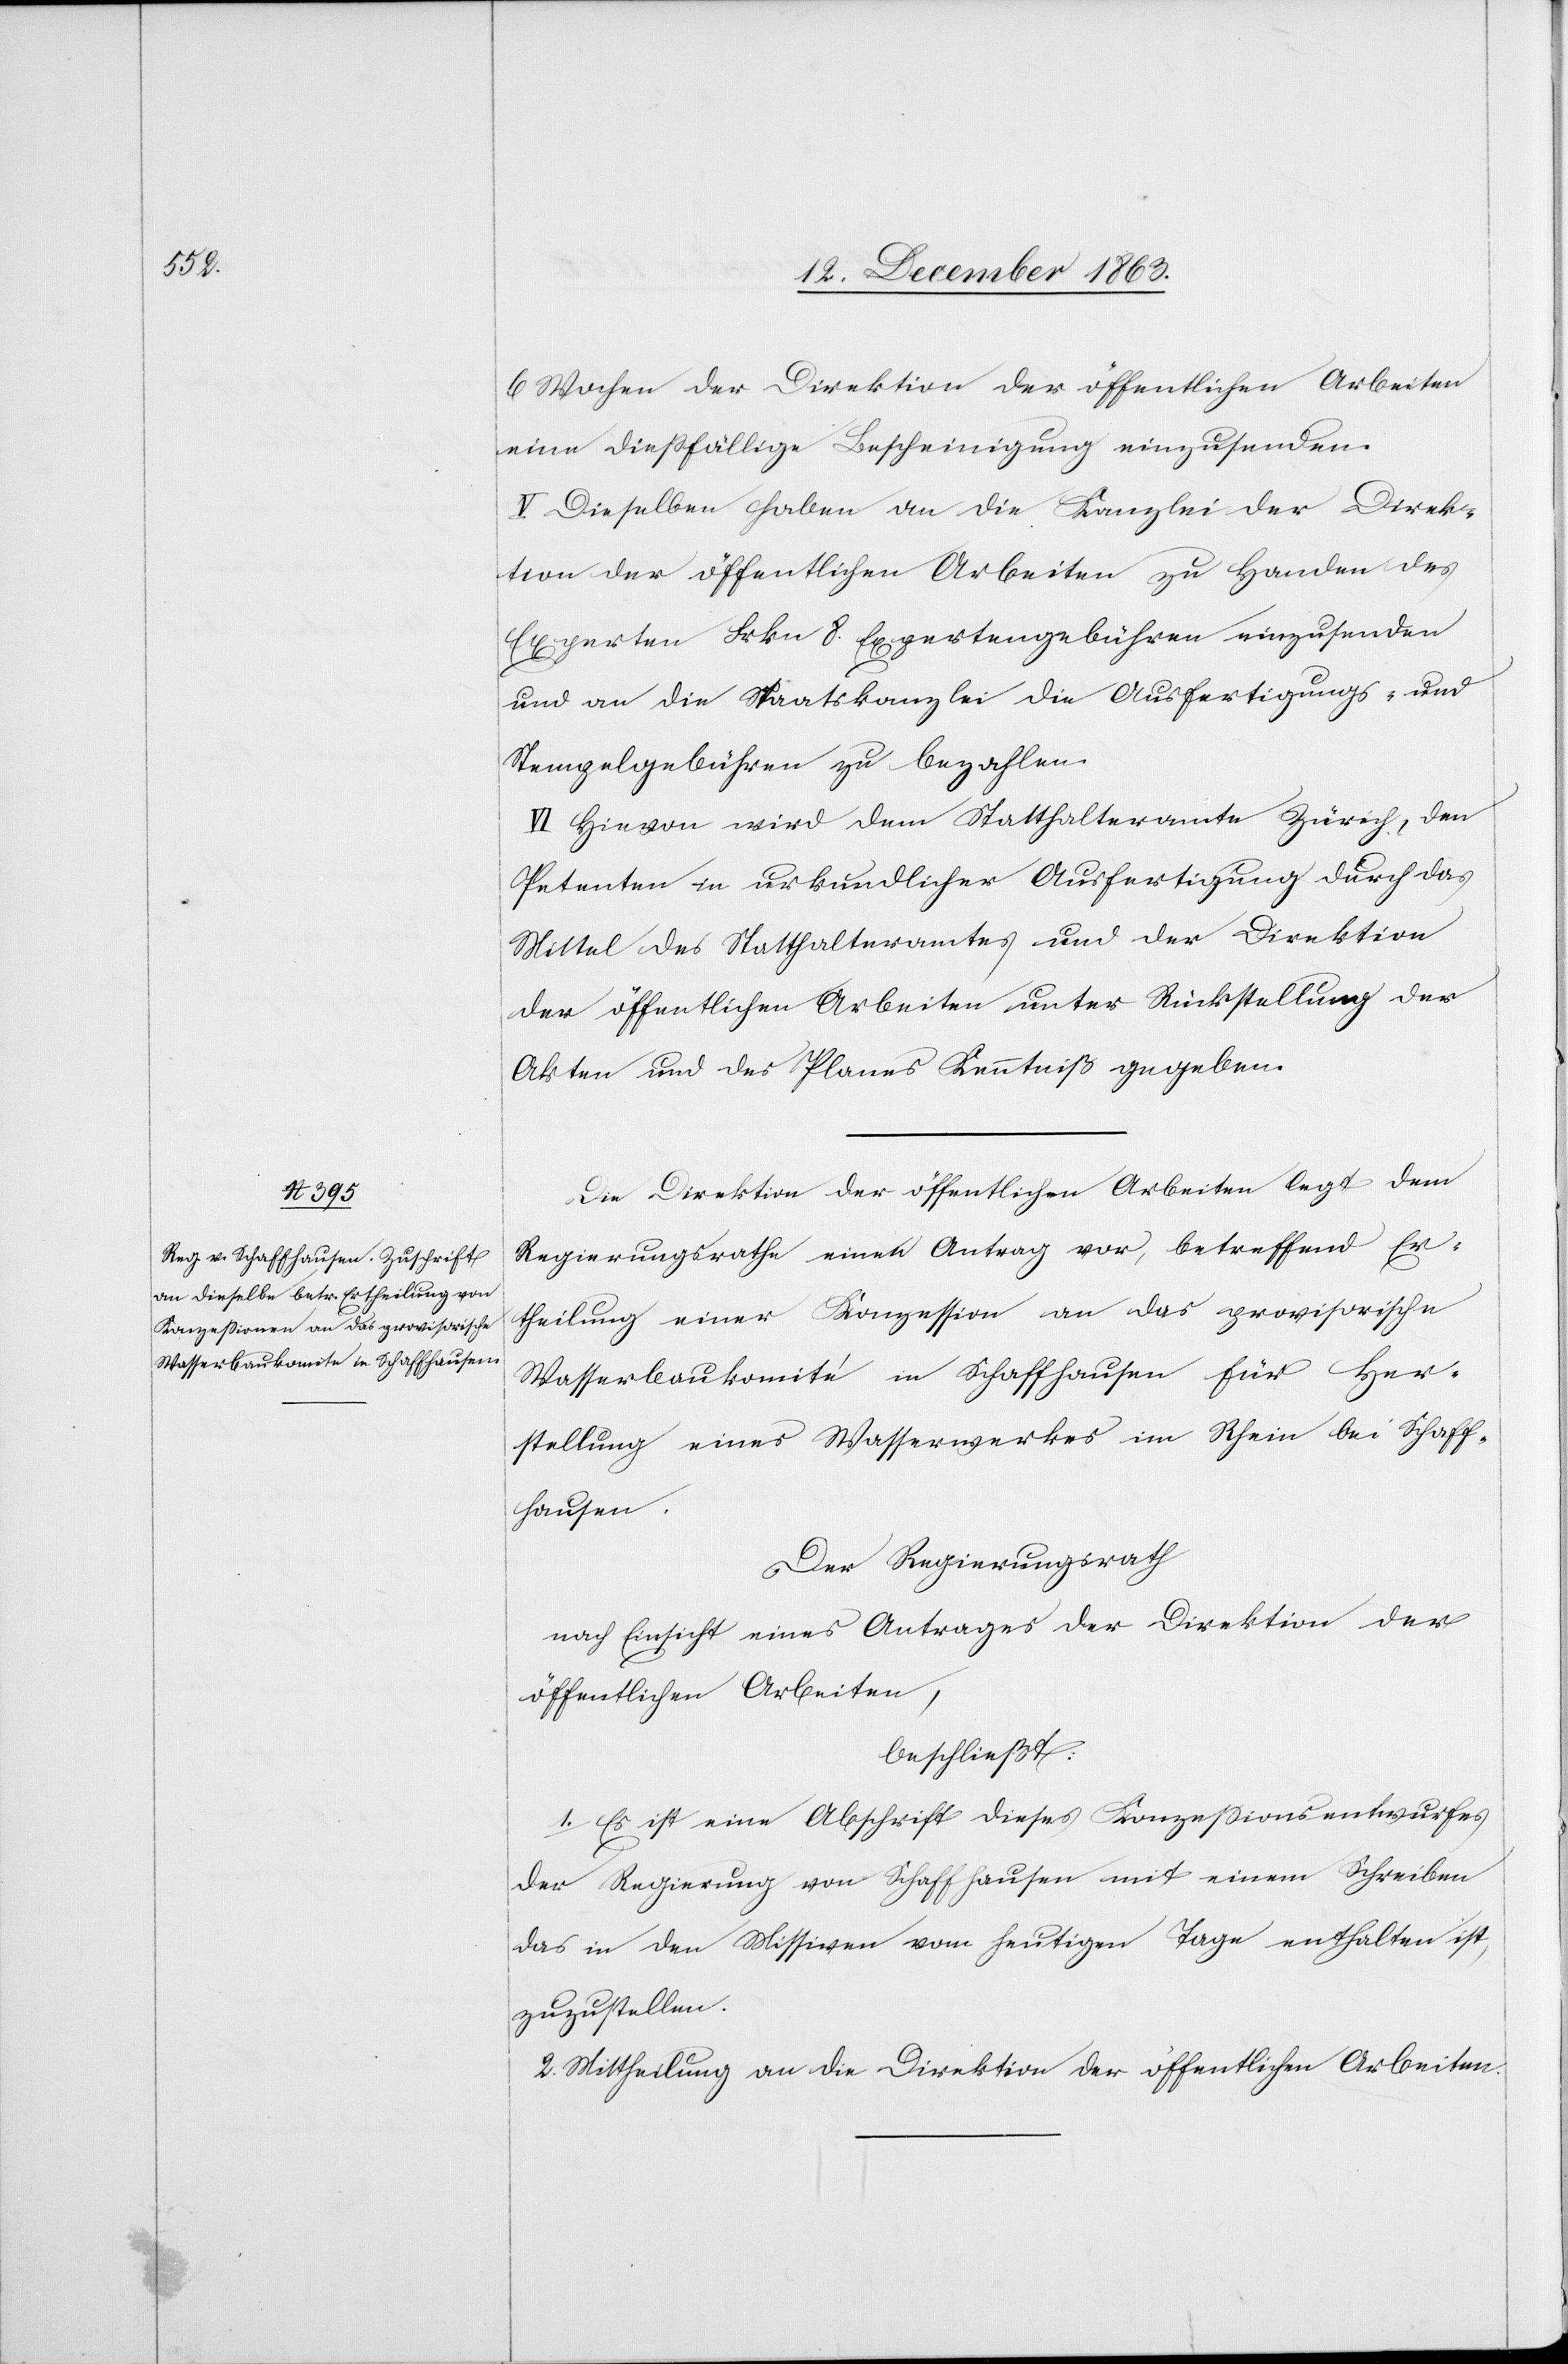
6 Wochen der Direktion der öffentlichen Arbeiten
eine diessfällige Bescheinigung einzusenden.
V. Dieselben haben an die Kanzlei der Direk¬
tion der öffentlichen Arbeiten zu Handen des
Experten Frkn 8. Expertengebühren einzusenden
und an die Staatskanzlei die Ausfertigungs- und
Stempelgebühren zu bezahlen.
VI. Hievon wird dem Statthalteramte Zürich, den
Petenten in urkundlicher Ausfertigung durch das
Mittel des Statthalteramtes und der Direktion
der öffentlichen Arbeiten unter Rückstellung der
Akten und des Planes Kenntniß gegeben.
Die Direktion der öffentlichen Arbeiten legt dem
Regierungsrath einen Antrag vor, betreffend Er¬
theilung einer Konzession an das provisorische
Wasserbaukomité in Schaffhausen für Her¬
stellung eines Wasserwerkes in Rhein bei Schaff¬
hausen.
Der Regierungsrath
nach Einsicht eines Antrages der Direktion der
öffentlichen Arbeiten,
beschließt:
1. Es ist eine Abschrift dieses Konzessionsentwurfes
der Regierung von Schaffhausen mit einem Schreiben
das in den Missiven vom heutigen Tage enthalten ist,
zuzustellen.
2. Mittheilung an die Direktion der öffentlichen Arbeiten.